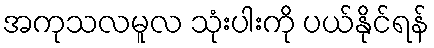
အကုသလမူလ သုံးပါးကို ပယ်နိုင်ရန်